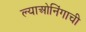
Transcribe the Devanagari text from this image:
ल्याओनिंगाची